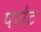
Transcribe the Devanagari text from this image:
पगेट